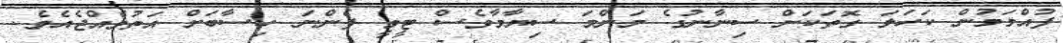
ފުއްމަމުން ކަހަލަ ގޮތަކަށް ސިނާނުގެ މަންމަ ސިޔާމާވެސް ޓީވީ ފެންނަ ހިސާބަށް އަތުވެއްޖެއެވެ.